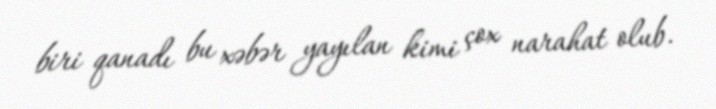
biri qanadı bu xəbər yayılan kimi çox narahat olub.